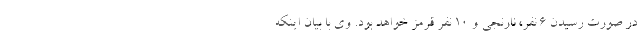
در صورت رسیدن ۶ نفر، نارنجی و ۱۰ نفر قرمز خواهد بود. وی با بیان اینکه